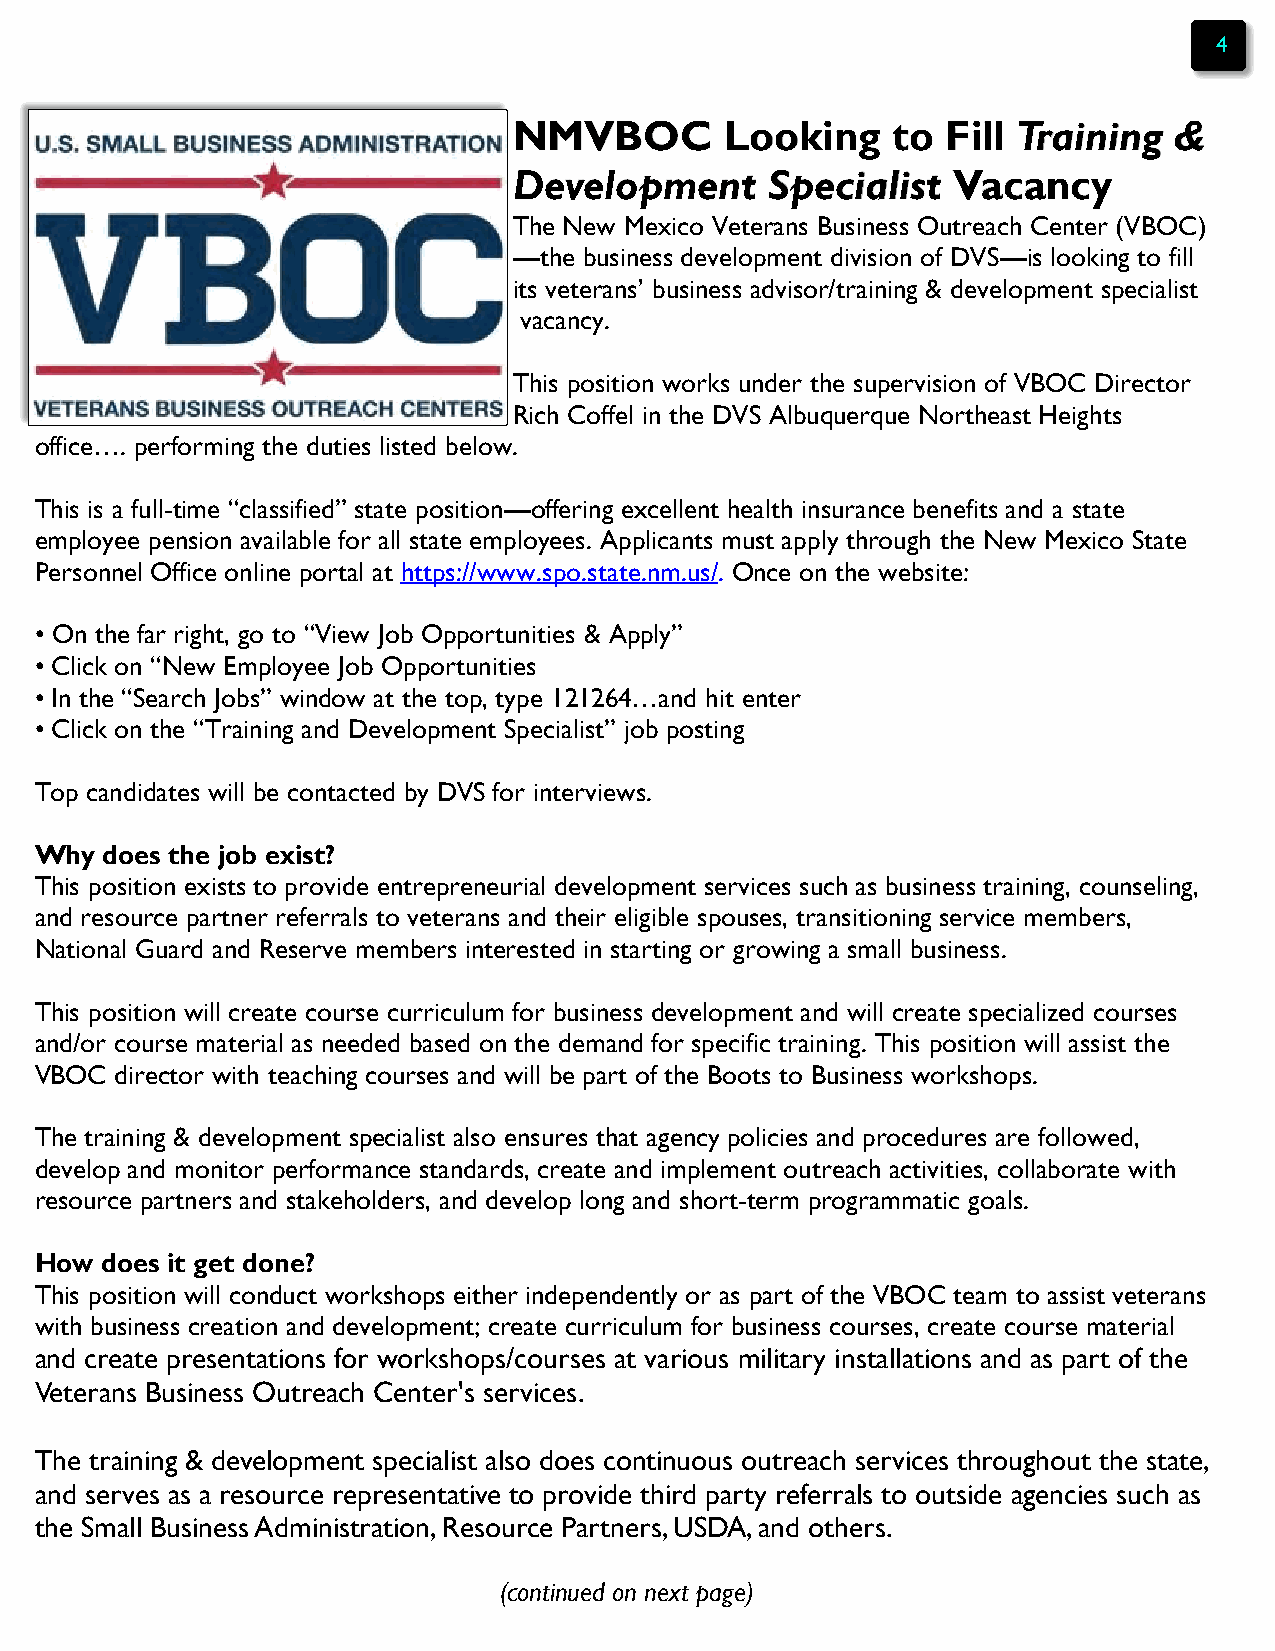
4
 NMVBOC        Looking    to  Fill Training  &
 Development      Specialist  Vacancy
 The New Mexico Veterans Business Outreach Center (VBOC)
 —the business development division of DVS—is looking to fill
 its veterans’ business advisor/training & development specialist
 vacancy.
 This position works under the supervision of VBOC Director
 Rich Coffel in the DVS Albuquerque Northeast Heights
 office…. performing the duties listed below.
 This is a full-time “classified” state position—offering excellent health insurance benefits and a state
 employee pension available for all state employees. Applicants must apply through the New Mexico State
 Personnel Office online portal at https://www.spo.state.nm.us/. Once on the website:
 • On the far right, go to “View Job Opportunities & Apply”
 • Click on “New Employee Job Opportunities
 • In the “Search Jobs” window at the top, type 121264…and hit enter
 • Click on the “Training and Development Specialist” job posting
 Top candidates will be contacted by DVS for interviews.
 Why  does the job exist?
 This position exists to provide entrepreneurial development services such as business training, counseling,
 and resource partner referrals to veterans and their eligible spouses, transitioning service members,
 National Guard and Reserve members interested in starting or growing a small business.
 This position will create course curriculum for business development and will create specialized courses
 and/or course material as needed based on the demand for specific training. This position will assist the
 VBOC  director with teaching courses and will be part of the Boots to Business workshops.
 The training & development specialist also ensures that agency policies and procedures are followed,
 develop and monitor performance standards, create and implement outreach activities, collaborate with
 resource partners and stakeholders, and develop long and short-term programmatic goals.
 How  does it get done?
 This position will conduct workshops either independently or as part of the VBOC team to assist veterans
 with business creation and development; create curriculum for business courses, create course material
 and create presentations for workshops/courses at various military installations and as part of the
 Veterans Business Outreach Center's services.
 The training & development specialist also does continuous outreach services throughout the state,
 and serves as a resource representative to provide third party referrals to outside agencies such as
 the Small Business Administration, Resource Partners, USDA, and others.
 (continued on next page)